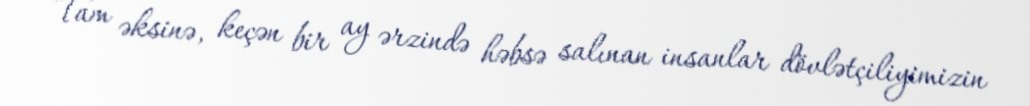
Tam əksinə, keçən bir ay ərzində həbsə salınan insanlar dövlətçiliyimizin